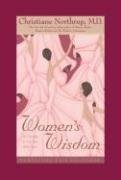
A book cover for Women's Wisdom Perpetual Flip Calendar: A Calendar to Use Year After Year; Christiane Northrup M.D.; Calendars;